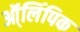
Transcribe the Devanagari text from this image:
ऑ्लिंपिक